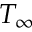
T _ { \infty }